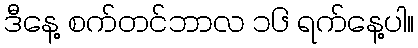
ဒီနေ့ စက်တင်ဘာလ ၁၆ ရက်နေ့ပါ။